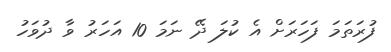
ފުރަތަމަ ފަހަރަށް އެ ކުލަ ދޭ ނަމަ 10 އަހަރު ވާ ދުވަހު